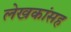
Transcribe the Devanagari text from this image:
लेखकांसह